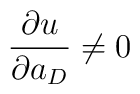
\frac {\partial u}{\partial a_{D}} \neq 0